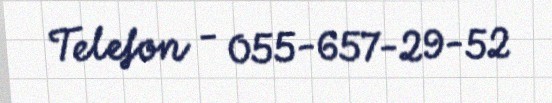
Telefon - 055-657-29-52